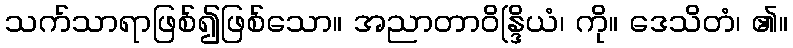
သက်သာရာဖြစ်၍ဖြစ်သော။ အညာတာဝိန္ဒြိယံ၊ ကို။ ဒေသိတံ၊ ၏။